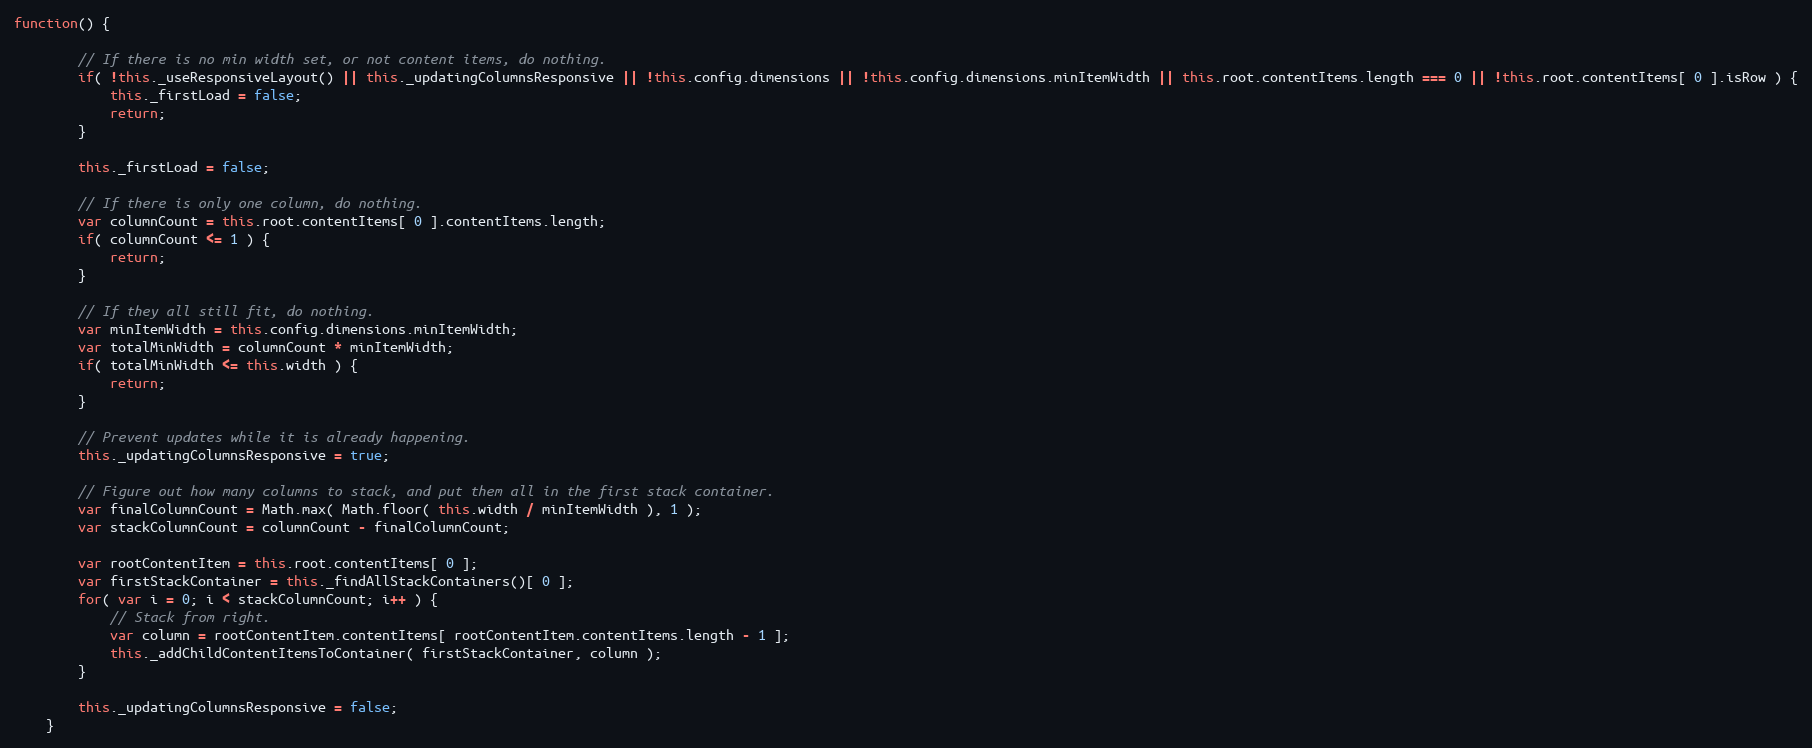
Language: JavaScript
function() {

		// If there is no min width set, or not content items, do nothing.
		if( !this._useResponsiveLayout() || this._updatingColumnsResponsive || !this.config.dimensions || !this.config.dimensions.minItemWidth || this.root.contentItems.length === 0 || !this.root.contentItems[ 0 ].isRow ) {
			this._firstLoad = false;
			return;
		}

		this._firstLoad = false;

		// If there is only one column, do nothing.
		var columnCount = this.root.contentItems[ 0 ].contentItems.length;
		if( columnCount <= 1 ) {
			return;
		}

		// If they all still fit, do nothing.
		var minItemWidth = this.config.dimensions.minItemWidth;
		var totalMinWidth = columnCount * minItemWidth;
		if( totalMinWidth <= this.width ) {
			return;
		}

		// Prevent updates while it is already happening.
		this._updatingColumnsResponsive = true;

		// Figure out how many columns to stack, and put them all in the first stack container.
		var finalColumnCount = Math.max( Math.floor( this.width / minItemWidth ), 1 );
		var stackColumnCount = columnCount - finalColumnCount;

		var rootContentItem = this.root.contentItems[ 0 ];
		var firstStackContainer = this._findAllStackContainers()[ 0 ];
		for( var i = 0; i < stackColumnCount; i++ ) {
			// Stack from right.
			var column = rootContentItem.contentItems[ rootContentItem.contentItems.length - 1 ];
			this._addChildContentItemsToContainer( firstStackContainer, column );
		}

		this._updatingColumnsResponsive = false;
	}